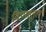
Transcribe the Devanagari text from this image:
विपाहगुहा